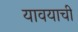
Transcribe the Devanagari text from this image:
यावयाची